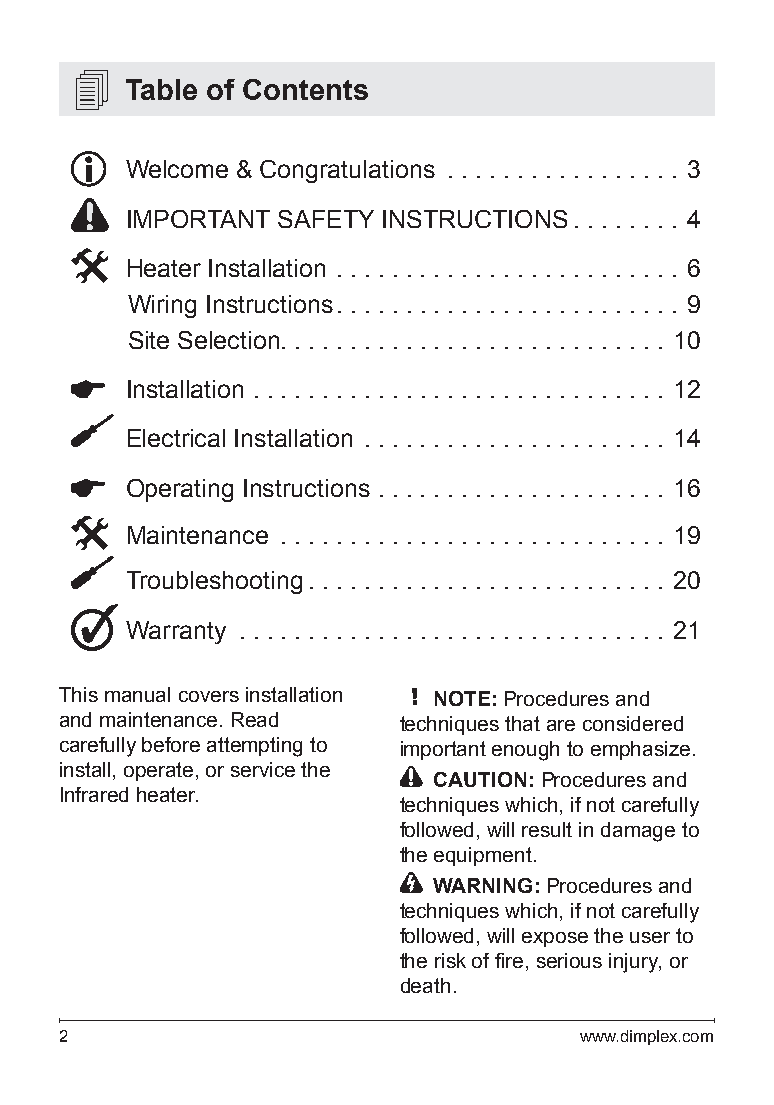
Table of Contents
 Welcome & Congratulations . . . . . . . . . . . . . . . . . 3
 IMPORTANT SAFETY INSTRUCTIONS . . . . . . . . 4
 Heater Installation . . . . . . . . . . . . . . . . . . . . . . . . . 6
 Wiring Instructions . . . . . . . . . . . . . . . . . . . . . . . . . 9
 Site Selection . . . . . . . . . . . . . . . . . . . . . . . . . . . . 10
 Installation . . . . . . . . . . . . . . . . . . . . . . . . . . . . . . 12
 Electrical Installation . . . . . . . . . . . . . . . . . . . . . . 14
 Operating Instructions . . . . . . . . . . . . . . . . . . . . . 16
 Maintenance . . . . . . . . . . . . . . . . . . . . . . . . . . . . 19
 Troubleshooting . . . . . . . . . . . . . . . . . . . . . . . . . . 20
 Warranty . . . . . . . . . . . . . . . . . . . . . . . . . . . . . . . 21
 T his manual covers installation ! NOTE: Procedures and
 and maintenance. Read techniques that are considered
 carefully before attempting to important enough to emphasize.
 install, operate, or service the
 CAUTION: Procedures and
 Infrared heater.
 techniques which, if not carefully
 followed, will result in damage to
 the equipment.
 WARNING: Procedures and
 techniques which, if not carefully
 followed, will expose the user to
 the risk of fire, serious injury, or
 death.
 2                                 www.dimplex.com